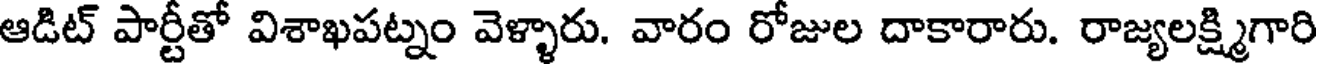
ఆడిట్ పార్టీతో విశాఖపట్నం వెళ్ళారు. వారం రోజుల దాకారారు. రాజ్యలక్ష్మిగారి